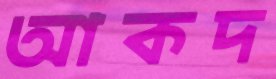
আকদ